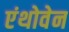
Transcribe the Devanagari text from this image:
एंथोवेन